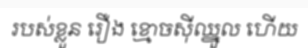
របស់ខ្លួន រឿង ខ្មោចស៊ីឈ្នួល ហើយ